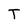
Character: T